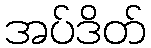
အပ်ဒိတ်